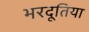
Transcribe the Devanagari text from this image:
भरदूतिया